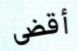
أقضى